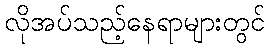
လိုအပ်သည့်နေရာများတွင်